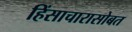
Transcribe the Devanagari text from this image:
हिंसाचारासोबत